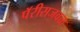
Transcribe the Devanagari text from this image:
पॅरीसजवळ